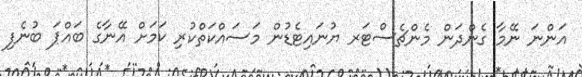
އަންނަ ނޭމާ ގެންދަން މެންޗެސްޓަރ ޔުނައިޓެޑުން މަސައްކަތްކުރި ކަމަށް އޭނާގެ ބައްޕަ ބުނެފި